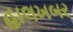
હાલખબર